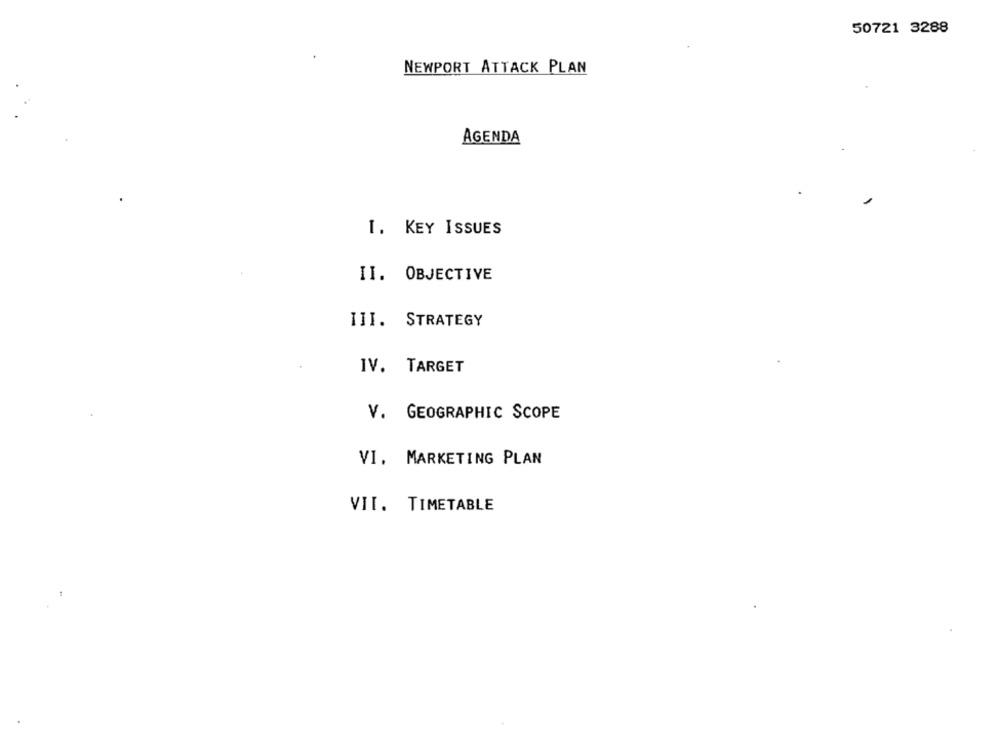
50721 3288
NEWPORT ATTACK PLAN
AGENDA
I. KEY ISSUES
II. OBJECTIVE
III. STRATEGY
IV. TARGET
V. GEOGRAPHIC SCOPE
VI. MARKETING PLAN
VII. TIMETABLE